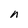
Character: n